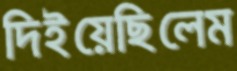
দিইয়েছিলেম